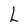
Character: L